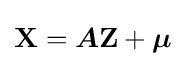
\mathbf {X} ={\boldsymbol {A}}\mathbf {Z} +{\boldsymbol {\mu }}